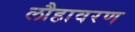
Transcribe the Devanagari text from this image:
लौहावरण